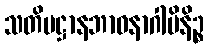
သတိပဋ္ဌာနဘာဝနာဂါမိနိဉ္စ